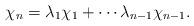
LaTeX: \begin{align*}\chi_n=\lambda_1\chi_1+\cdots\lambda_{n-1}\chi_{n-1}.\end{align*}